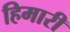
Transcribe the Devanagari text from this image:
हिमारी